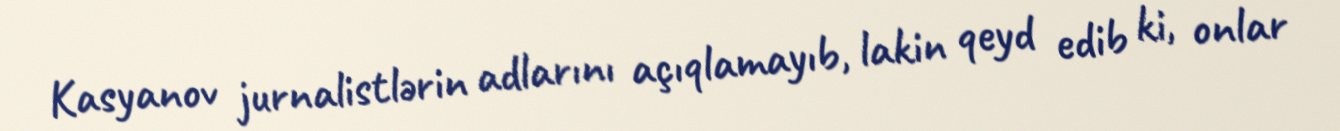
Kasyanov jurnalistlərin adlarını açıqlamayıb, lakin qeyd edib ki, onlar